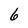
Character: 6